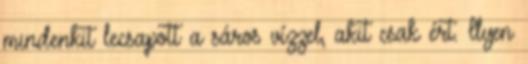
mindenkit lecsapott a sáros vízzel, akit csak ért. Ilyen